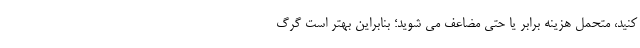
کنید، متحمل هزینه برابر یا حتی مضاعف می شوید؛ بنابراین بهتر است گرگ